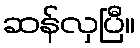
ဆန်လှပြီ။